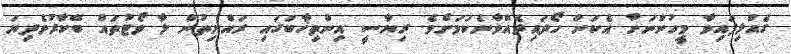
ގެއްލިފައިވާ މީހުންނަށް އެކަން ހޯދައިދެއްވާނެކަމަށެވެ. ރިޔާސީ އިންތިޚާބުގައި ރައްޔިތުން ލާ ވޯޓުތައް ބޭކާރުވެދިޔަ